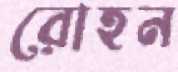
রোহন